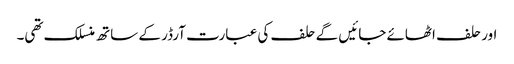
اور حلف اٹھائے جائیں گے حلف کی عبارت آرڈر کے ساتھ منسلک تھی۔